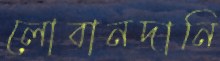
লোবানদানি